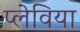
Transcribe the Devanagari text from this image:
प्लेविया